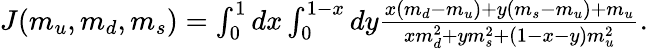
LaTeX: \begin{array}{r}{J(m_{u},m_{d},m_{s})=\int_{0}^{1}dx\int_{0}^{1-x}dy\frac{x(m_{d}-m_{u})+y(m_{s}-m_{u})+m_{u}}{xm_{d}^{2}+ym_{s}^{2}+(1-x-y)m_{u}^{2}}.}\end{array}